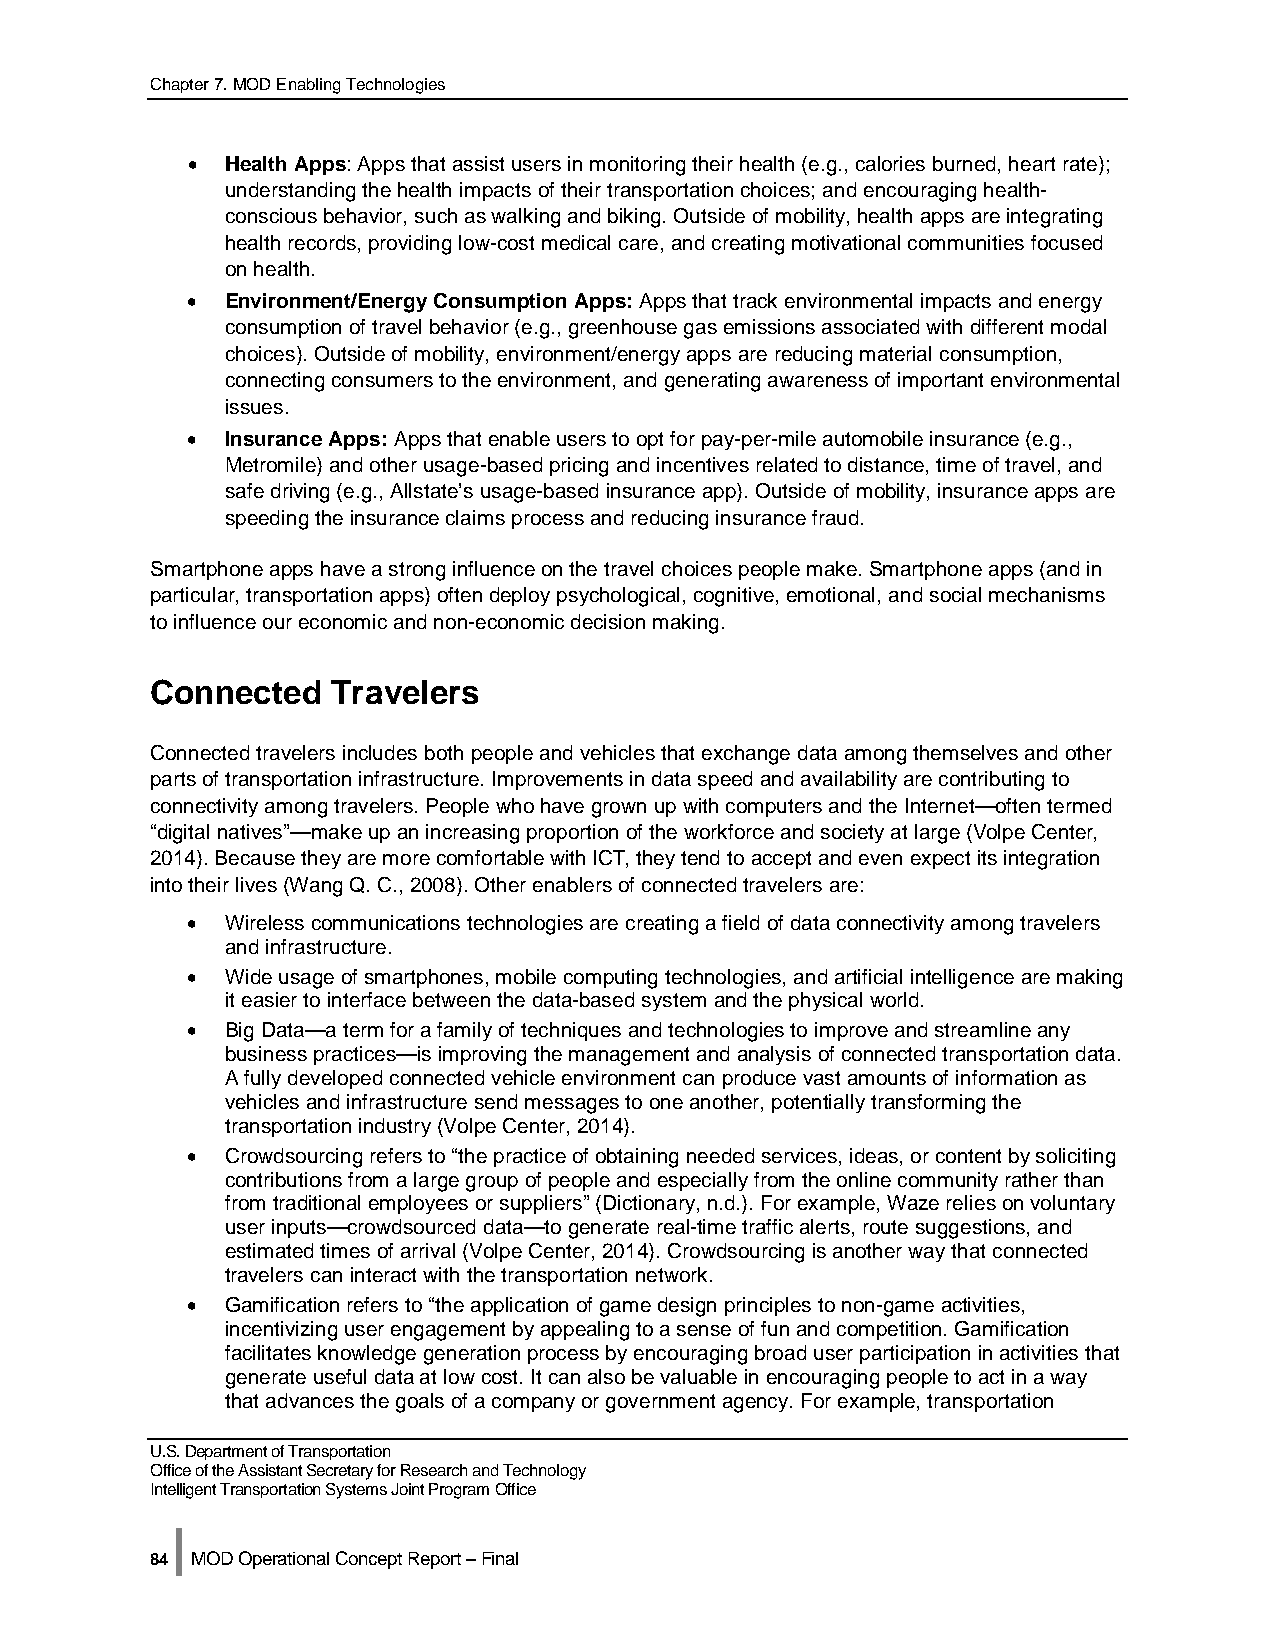
Chapter 7. MOD Enabling Technologies
 •  Health Apps: Apps that assist users in monitoring their health (e.g., calories burned, heart rate);
 understanding the health impacts of their transportation choices; and encouraging health-
 conscious behavior, such as walking and biking. Outside of mobility, health apps are integrating
 health records, providing low-cost medical care, and creating motivational communities focused
 on health.
 •  Environment/Energy Consumption Apps: Apps that track environmental impacts and energy
 consumption of travel behavior (e.g., greenhouse gas emissions associated with different modal
 choices). Outside of mobility, environment/energy apps are reducing material consumption,
 connecting consumers to the environment, and generating awareness of important environmental
 issues.
 •  Insurance Apps: Apps that enable users to opt for pay-per-mile automobile insurance (e.g.,
 Metromile) and other usage-based pricing and incentives related to distance, time of travel, and
 safe driving (e.g., Allstate’s usage-based insurance app). Outside of mobility, insurance apps are
 speeding the insurance claims process and reducing insurance fraud.
 Smartphone apps have a strong influence on the travel choices people make. Smartphone apps (and in
 particular, transportation apps) often deploy psychological, cognitive, emotional, and social mechanisms
 to influence our economic and non-economic decision making.
 Connected   Travelers
 Connected travelers includes both people and vehicles that exchange data among themselves and other
 parts of transportation infrastructure. Improvements in data speed and availability are contributing to
 connectivity among travelers. People who have grown up with computers and the Internet—often termed
 “digital natives”—make up an increasing proportion of the workforce and society at large (Volpe Center,
 2014). Because they are more comfortable with ICT, they tend to accept and even expect its integration
 into their lives (Wang Q. C., 2008). Other enablers of connected travelers are:
 •  Wireless communications technologies are creating a field of data connectivity among travelers
 and infrastructure.
 •  Wide usage of smartphones, mobile computing technologies, and artificial intelligence are making
 it easier to interface between the data-based system and the physical world.
 •  Big Data—a term for a family of techniques and technologies to improve and streamline any
 business practices—is improving the management and analysis of connected transportation data.
 A fully developed connected vehicle environment can produce vast amounts of information as
 vehicles and infrastructure send messages to one another, potentially transforming the
 transportation industry (Volpe Center, 2014).
 •  Crowdsourcing refers to “the practice of obtaining needed services, ideas, or content by soliciting
 contributions from a large group of people and especially from the online community rather than
 from traditional employees or suppliers” (Dictionary, n.d.). For example, Waze relies on voluntary
 user inputs—crowdsourced data—to generate real-time traffic alerts, route suggestions, and
 estimated times of arrival (Volpe Center, 2014). Crowdsourcing is another way that connected
 travelers can interact with the transportation network.
 •  Gamification refers to “the application of game design principles to non-game activities,
 incentivizing user engagement by appealing to a sense of fun and competition. Gamification
 facilitates knowledge generation process by encouraging broad user participation in activities that
 generate useful data at low cost. It can also be valuable in encouraging people to act in a way
 that advances the goals of a company or government agency. For example, transportation
 U.S. Department of Transportation
 Office of the Assistant Secretary for Research and Technology
 Intelligent Transportation Systems Joint Program Office
 |
 84 MOD Operational Concept Report – Final